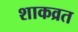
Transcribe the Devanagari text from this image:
शाकव्रत